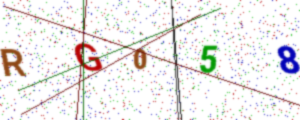
Text: RG058